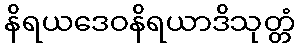
နိရယဒေဝနိရယာဒိသုတ္တံ